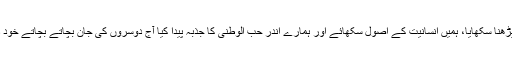
وہ جس نے ہمیں لکھنا پڑھنا سکھایا، ہمیں انسانیت کے اصول سکھائے اور ہمارے اندر حب الوطنی کا جذبہ پیدا کیا آج دوسروں کی جان بچاتے بچاتے خود درندگی کا نشانہ بن گیا۔